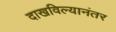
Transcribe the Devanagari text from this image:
दाखविल्यानंतर